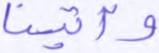
وآتينا